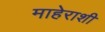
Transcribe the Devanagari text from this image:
माहेराशी